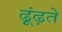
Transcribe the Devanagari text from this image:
ढ़ूंढ़ते